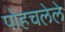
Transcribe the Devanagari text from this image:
पोहचलेले